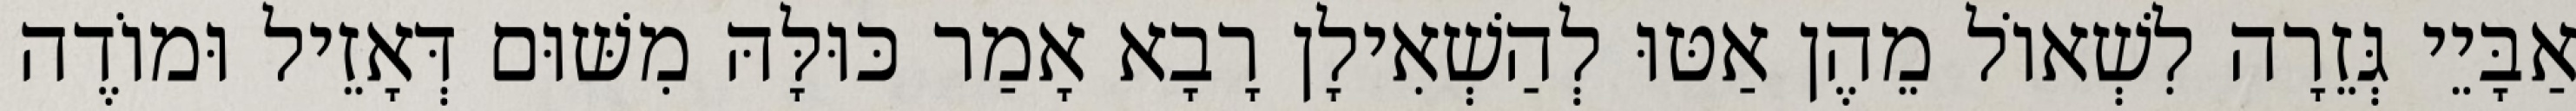
אַבָּיֵי גְּזֵרָה לִשְׁאוֹל מֵהֶן אַטּוּ לְהַשְׁאִילָן רָבָא אָמַר כּוּלָּהּ מִשּׁוּם דְּאָזֵיל וּמוֹדֶה